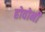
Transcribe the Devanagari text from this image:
होवोनी